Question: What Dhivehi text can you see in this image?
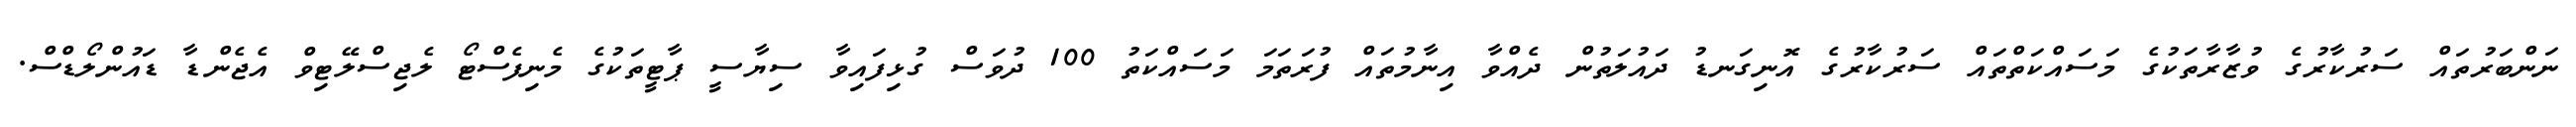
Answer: ނަންބަރުތައް ސަރުކާރުގެ ވުޒާރާތަކުގެ މަސައްކަތްތައް ސަރުކާރުގެ އޮނިގަނޑު ދައުލަތުން ދެއްވާ އިނާމުތައް ފުރަތަމަ މަސައްކަތު 100 ދުވަސް ގުޅިފައިވާ ސިޔާސީ ޕާޓީތަކުގެ މެނިފެސްޓޯ ލެޖިސްލޭޓިވް އެޖެންޑާ ޑައުންލޯޑްސް.